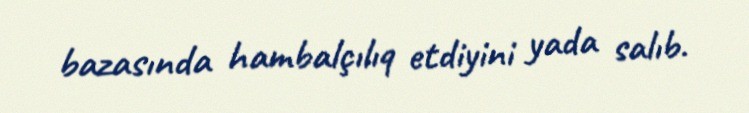
bazasında hambalçılıq etdiyini yada salıb.